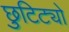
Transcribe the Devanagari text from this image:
छुटिट्यो